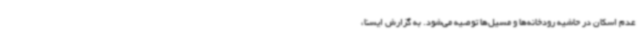
عدم اسکان در حاشیه رودخانه‌ها و مسیل‌ها توصیه می‌شود. به گزارش ایسنا،